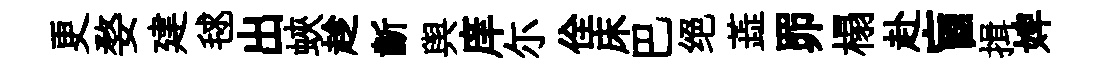
更婺建毬出蛺趁齗舆庠尓佺床巴绝蕋𦊑榻赴盲揖婢